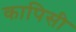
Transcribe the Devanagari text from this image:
कापिसी